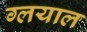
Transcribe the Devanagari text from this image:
ग्लयाल